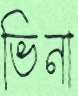
ভিনা